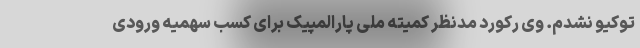
توکیو نشدم. وی رکورد مدنظر کمیته ملی پارالمپیک برای کسب سهمیه ورودی